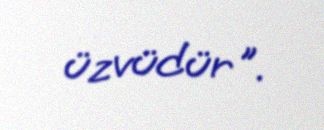
üzvüdür".